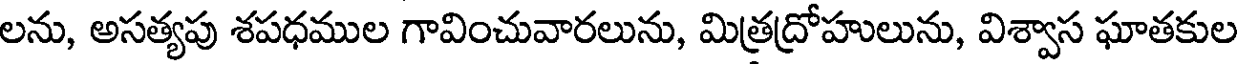
లను, అసత్యపు శపధముల గావించువారలును, మిత్రద్రోహులును, విశ్వాస ఘాతకుల